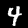
Digit: 4